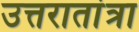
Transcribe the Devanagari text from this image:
उत्तरातांत्रा